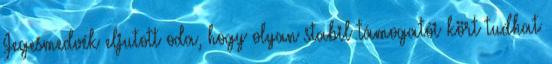
Jegesmedvék eljutott oda, hogy olyan stabil támogatói kört tudhat